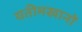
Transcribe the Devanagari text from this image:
यतीमखानों